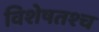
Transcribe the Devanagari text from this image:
विशेषतश्च